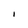
Character: i